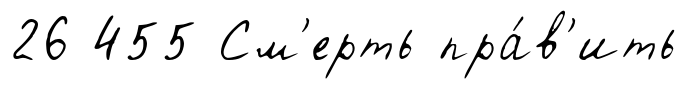
26 455 См'ерть пра́в'ить